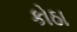
કોઠા